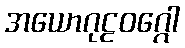
အယောဂုဠဝဂ္ဂေါ